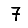
Digit: 7